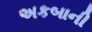
અકબાની